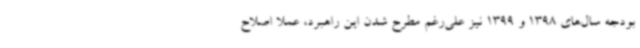
بودجه سال‌های 1398 و 1399 نیز علی‌رغم مطرح شدن این راهبرد، عملاً اصلاح